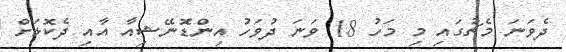
ދެވަނަ މެޗުގައި މި މަހު 18 ވަނަ ދުވަހު އިންޑޮނޭޝިއާ އާއި ދެކޮޅަށް